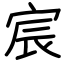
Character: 宸